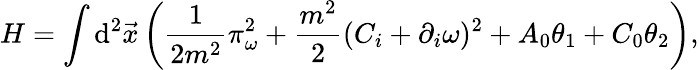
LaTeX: H=\int\mathrm{d}^{2}\vec{{x}}\left(\frac{1}{{2m^{2}}}\pi_{\omega}^{2}+\frac{{m^{2}}}{{2}}(C_{i}+\partial_{i}\omega)^{2}+A_{0}\theta_{1}+C_{0}\theta_{2}\right),